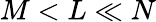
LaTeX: M<L\ll N